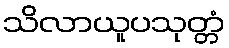
သိလာယူပသုတ္တံ